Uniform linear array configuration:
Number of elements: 32
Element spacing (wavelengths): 1
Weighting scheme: hamming
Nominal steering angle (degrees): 30
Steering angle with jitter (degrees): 28.459
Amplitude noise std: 0.05
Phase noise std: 0.05

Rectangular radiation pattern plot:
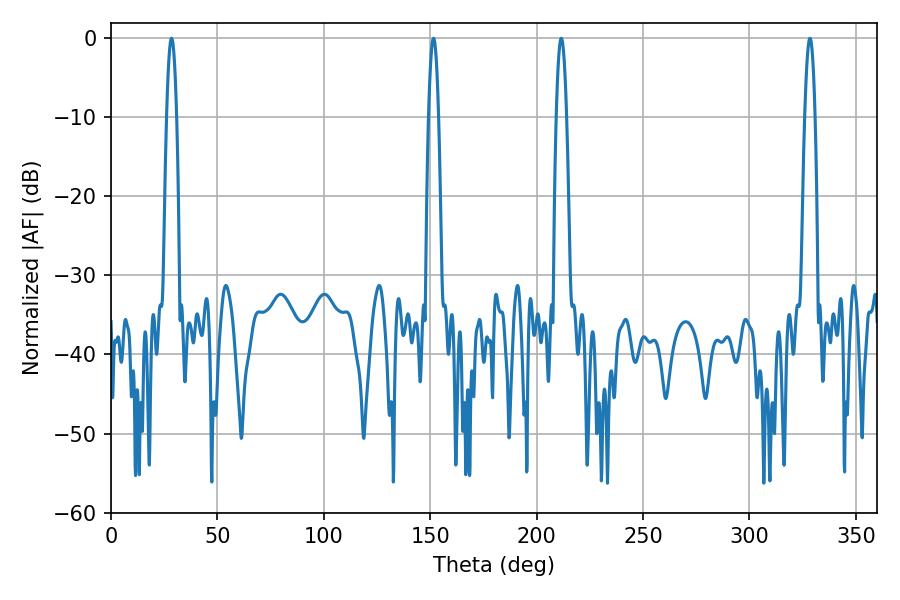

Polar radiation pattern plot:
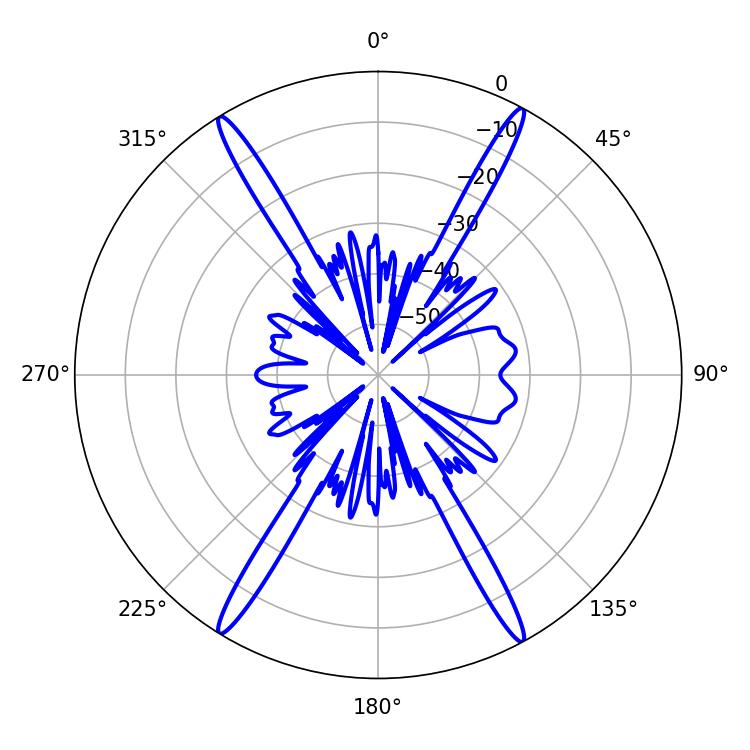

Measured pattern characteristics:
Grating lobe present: TRUE
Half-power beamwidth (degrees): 2.52
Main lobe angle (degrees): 28.44